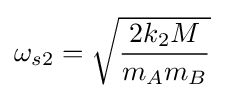
\omega _{s2}={\sqrt {\frac {2k_{2}M}{m_{A}m_{B}}}}